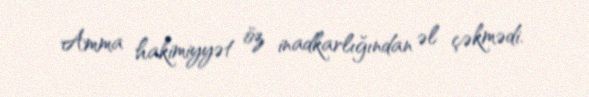
Amma hakimiyyət öz inadkarlığından əl çəkmədi.